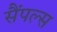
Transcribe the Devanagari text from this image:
सैंपल्स